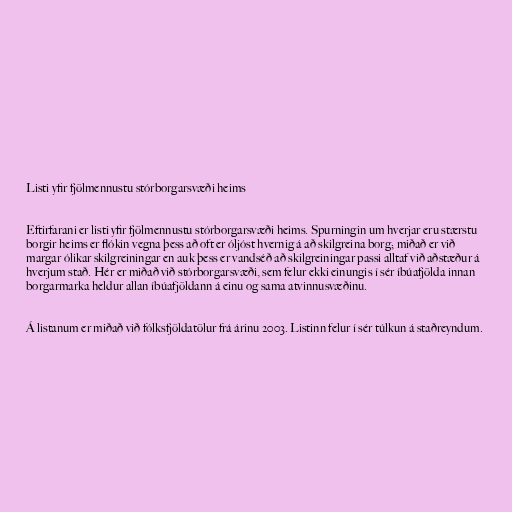
Listi yfir fjölmennustu stórborgarsvæði heims

Eftirfarani er listi yfir fjölmennustu stórborgarsvæði heims. Spurningin um hverjar eru stærstu
borgir heims er flókin vegna þess að oft er óljóst hvernig á að skilgreina borg; miðað er við
margar ólikar skilgreiningar en auk þess er vandséð að skilgreiningar passi alltaf við aðstæður á
hverjum stað. Hér er miðað við stórborgarsvæði, sem felur ekki einungis í sér íbúafjölda innan
borgarmarka heldur allan íbúafjöldann á einu og sama atvinnusvæðinu.

Á listanum er miðað við fólksfjöldatölur frá árinu 2003. Listinn felur í sér túlkun á staðreyndum.